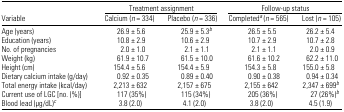
|  | <COLSPAN=2> Treatment assignment | <COLSPAN=2> Follow-up status |
 | Variable | Calcium (n = 334) | Placebo (n = 336) | Completeda (n = 565) | Lost (n = 105) |
 | --- | --- | --- | --- | --- |
 | Age (years) | 26.9 ± 5.6 | 25.9 ± 5.3b | 26.5 ± 5.5 | 26.2 ± 5.4 |
 | Education (years) | 10.8 ± 2.9 | 10.6 ± 2.9 | 10.7 ± 2.9 | 10.7 ± 2.8 |
 | No. of pregnancies | 2.0 ± 1.0 | 2.1 ± 1.1 | 2.1 ± 1.1 | 2.0 ± 0.9 |
 | Weight (kg) | 61.9 ± 10.7 | 61.5 ± 10.0 | 61.6 ± 10.2 | 62.2 ± 11.0 |
 | Height (cm) | 154.4 ± 5.6 | 154.4 ± 5.9 | 154.3 ± 5.8 | 155.0 ± 5.8 |
 | Dietary calcium intake (g/day) | 0.92 ± 0.35 | 0.89 ± 0.40 | 0.90 ± 0.38 | 0.94 ± 0.34 |
 | Total energy intake (kcal/day) | 2,213 ± 632 | 2,157 ± 675 | 2,155 ± 642 | 2,347 ± 699b |
 | Current use of LGC [no. (%)] | 117 (35%) | 115 (34%) | 205 (36%) | 27 (26%)b |
 | Blood lead (μg/dL)c | 3.8 (2.0) | 4.1 (2.0) | 3.8 (2.0) | 4.5 (1.9) |